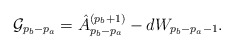
\begin{align*}{\cal G}_{p_b-p_a}=\hat A^{(p_b+1)}_{p_b-p_a}-dW_{p_b-p_a-1}.\end{align*}